Annual report of the Imperial Bacteriologist
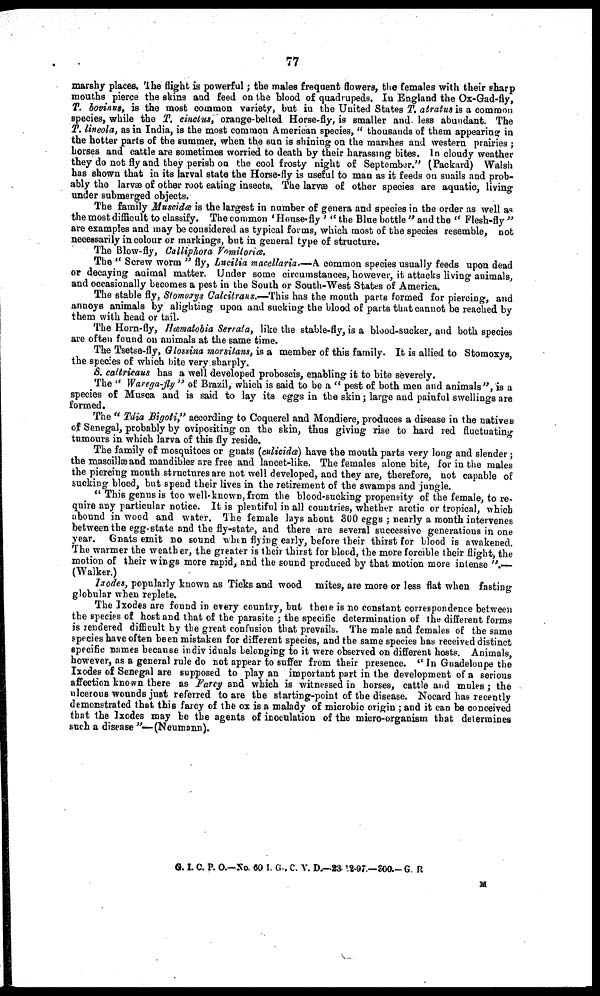
77
marshy places. The flight is powerful; the males frequent flowers, the females with their sharp
mouths pierce the skins and feed on the blood of quadrupeds. In England the Ox-Gad-fly,
T. bovinus, is the most common variety, but in the United States T. atratus is a common
species, while the T. cinctus, orange-belted Horse-fly, is smaller and. less abundant. The
T. lineola, as in India, is the most common American species, " thousands of them appearing in
the hotter parts of the summer, when the sun is shining on the marshes and western prairies ;
horses and cattle are sometimes worried to death by their harassing bites. In cloudy weather
they do not fly and they perish on the cool frosty night of September." (Packard) Walsh
has shown that in its larval state the Horse-fly is useful to man as it feeds on snails and prob-
ably the larvæ of other root eating insects. The larvæ of other species are aquatic, living
under submerged objects.
The family Muscidæ is the largest in number of genera and species in the order as well as
the most difficult to classify. The common ' House-fly ' " the Blue bottle " and the " Flesh-fly "
are examples and may be considered as typical forms, which most of the species resemble, not
necessarily in colour or markings, but in general type of structure.
The Blow-fly, Calliphora Vomitoriæ.
The " Screw worm " fly, Lucilia macellaria.—A common species usually feeds upon dead
or decaying animal matter. Under some circumstances, however, it attacks living animals,
and occasionally becomes a pest in the South or South-West States of America.
The stable fly, Stomoxys Calcitraus.—This has the mouth parts formed for piercing, and
annoys animals by alighting upon and sucking the blood of parts that cannot be reached by
them with head or tail.
The Horn-fly, Hæmatobia Serrata, like the stable-fly, is a blood-sucker, and both species
are often found on animals at the same time.
The Tsetse-fly, Glossina morsitans, is a member of this family. It is allied to Stomoxys,
the species of which bite very sharply.
S. caltricaus has a well developed proboscis, enabling it to bite severely.
The " Warega-fly " of Brazil, which is said to be a " pest of both men and animals", is a
species of Musca and is said to lay its eggs in the skin; large and painful swellings are
formed.
The " Tdia Bigoti," according to Coquerel and Mondiere, produces a disease in the natives
of Senegal, probably by ovipositing on the skin, thus giving rise to hard red fluctuating
tumours in which larva of this fly reside.
The family of mosquitoes or gnats (culicidæ) have the mouth parts very long and slender;
the mascillæ and mandibles are free and lancet-like. The females alone bite, for in the males
the piercing mouth structures are not well developed, and they are, therefore, not capable of
sucking blood, but spend their lives in the retirement of the swamps and jungle.
"This genus is too well-known, from the blood-sucking propensity of the female, to re-
quire any particular notice. It is plentiful in all countries, whether arctic or tropical, which
abound in wood and water. The female lays about 300 eggs ; nearly a month intervenes
between the egg-state and the fly-state, and there are several successive generations in one
year. Gnats emit no sound when flying early, before their thirst for blood is awakened.
The warmer the weather, the greater is their thirst for blood, the more forcible their flight, the
motion of their wings more rapid, and the sound produced by that motion more intense ".—
(Walker.)
Ixodes, popularly known as Ticks and wood mites, are more or less flat when fasting
globular when replete.
The Ixodes are found in every country, but there is no constant correspondence between
the species of host and that of the parasite ; the specific determination of the different forms
is rendered difficult by the great confusion that prevails. The male and females of the same
species have often been mistaken for different species, and the same species has received distinct
specific names because individuals belonging to it were observed on different hosts. Animals,
however, as a general rule do not appear to suffer from their presence. " In Guadeloupe the
Ixodes of Senegal are supposed to play an important part in the development of a serious
affection known there as Farcy and which is witnessed in horses, cattle and mules; the
ulcerous wounds just referred to are the starting-point of the disease. Nocard has recently
demonstrated that this farcy of the ox is a malady of microbic origin ; and it can be conceived
that the Ixodes may be the agents of inoculation of the micro-organism that determines
such a disease "—(Neumann).
G. I. C. P. O.—No. 60 I. G., C. V. D.-23-12-97.—300.-G. R
M